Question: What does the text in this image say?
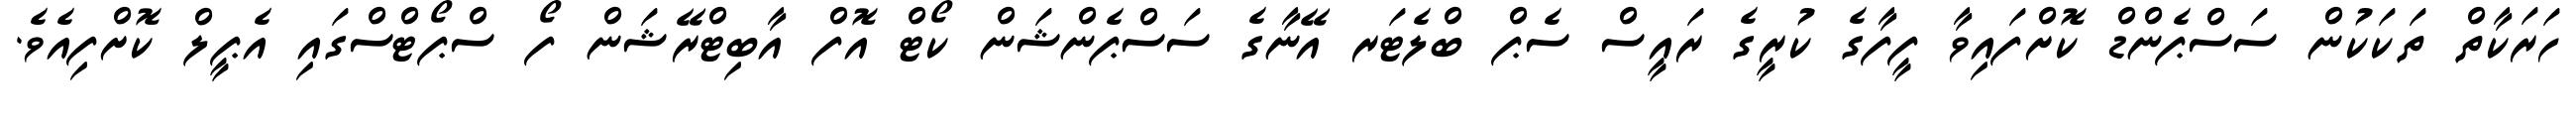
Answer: ހަރަކާތް ތަކަކުން ސަސްޕެންޑް ކޮށްފައިވާ ފީފާގެ ކުރީގެ ރައީސް ސެޕް ބްލެޓަރ އޭނާގެ ސަސްޕެންޝަން ކޯޓް އޮފް އާބިޓްރޭޝަން ފޯ ސްޕޯޓްސްގައި އެޕީލް ކޮށްފިއެވެ.